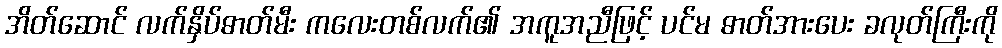
အိတ်ဆောင် လက်နှိပ်ဓာတ်မီး ကလေးတစ်လက်၏ အကူအညီဖြင့် ပင်မ ဓာတ်အားပေး ခလုတ်ကြီးကို